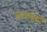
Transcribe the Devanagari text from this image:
ऊचाइयाँ